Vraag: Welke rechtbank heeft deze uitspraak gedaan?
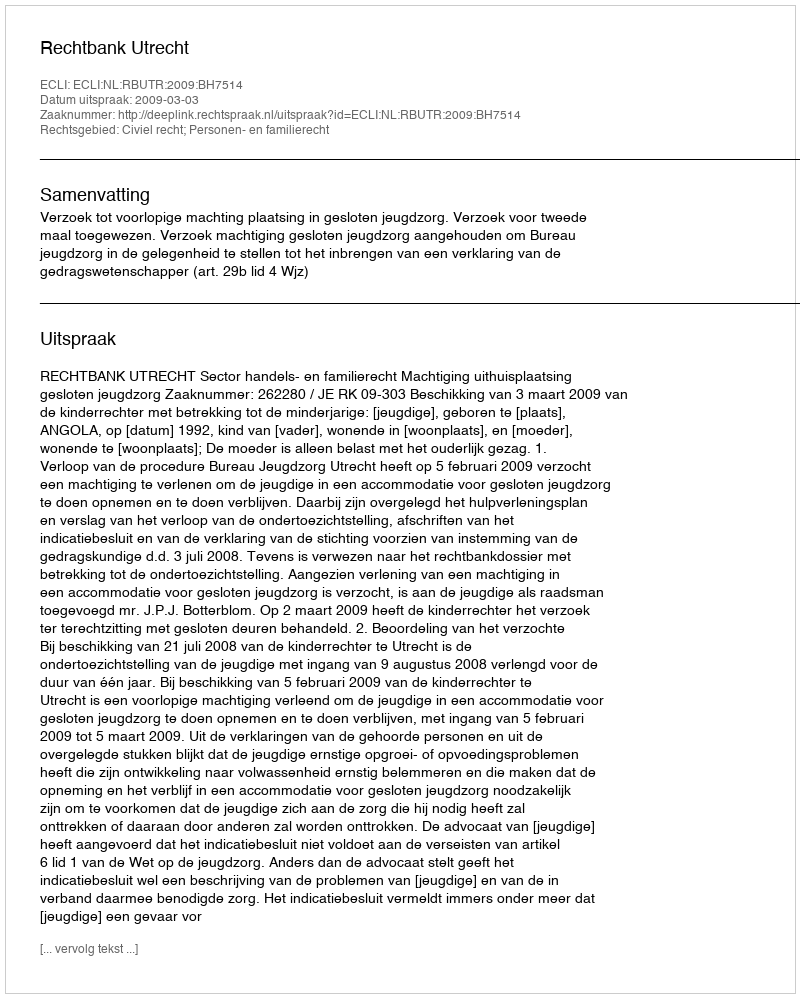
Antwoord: Rechtbank Utrecht